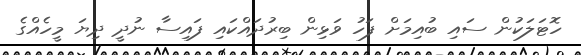
ހޮޓަލަކުން ސައި ބުއިމަށް ފަހު ވަޅިން ބިރުދައްކައި ފައިސާ ނުދީ ދިޔަ މީހެއްގެ